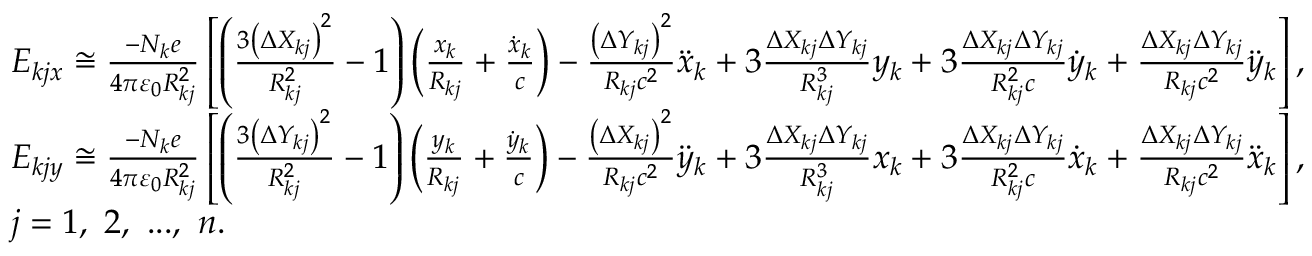
\centering \begin{array} { r l } & { E _ { k j x } \cong \frac { - N _ { k } e } { 4 \pi \varepsilon _ { 0 } R _ { k j } ^ { 2 } } \left[ \left( \frac { 3 \left( \Delta X _ { k j } \right) ^ { 2 } } { R _ { k j } ^ { 2 } } - 1 \right) \left( \frac { x _ { k } } { R _ { k j } } + \frac { \dot { x } _ { k } } { c } \right) - \frac { \left( \Delta Y _ { k j } \right) ^ { 2 } } { R _ { k j } c ^ { 2 } } \ddot { x } _ { k } + 3 \frac { \Delta X _ { k j } \Delta Y _ { k j } } { R _ { k j } ^ { 3 } } y _ { k } + 3 \frac { \Delta X _ { k j } \Delta Y _ { k j } } { R _ { k j } ^ { 2 } c } \dot { y } _ { k } + \frac { \Delta X _ { k j } \Delta Y _ { k j } } { R _ { k j } c ^ { 2 } } \ddot { y } _ { k } \right] , } \\ & { E _ { k j y } \cong \frac { - N _ { k } e } { 4 \pi \varepsilon _ { 0 } R _ { k j } ^ { 2 } } \left[ \left( \frac { 3 \left( \Delta Y _ { k j } \right) ^ { 2 } } { R _ { k j } ^ { 2 } } - 1 \right) \left( \frac { y _ { k } } { R _ { k j } } + \frac { \dot { y } _ { k } } { c } \right) - \frac { \left( \Delta X _ { k j } \right) ^ { 2 } } { R _ { k j } c ^ { 2 } } \ddot { y } _ { k } + 3 \frac { \Delta X _ { k j } \Delta Y _ { k j } } { R _ { k j } ^ { 3 } } x _ { k } + 3 \frac { \Delta X _ { k j } \Delta Y _ { k j } } { R _ { k j } ^ { 2 } c } \dot { x } _ { k } + \frac { \Delta X _ { k j } \Delta Y _ { k j } } { R _ { k j } c ^ { 2 } } \ddot { x } _ { k } \right] , } \\ & { j = 1 , ~ 2 , ~ . . . , ~ n . } \end{array}